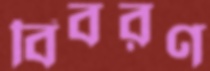
বিবরণ